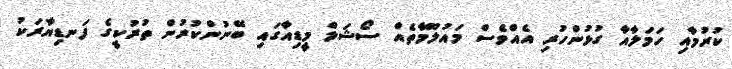
ކުރުމާއި ހަމަލާއާ ގުޅުންހުރި އެއްވެސް މައުލޫމާތެއް ސޯޝަލް މީޑިއާގައި ބޭނުންކުރުން ތުރުކީގެ ފަނޑިޔާރަކު